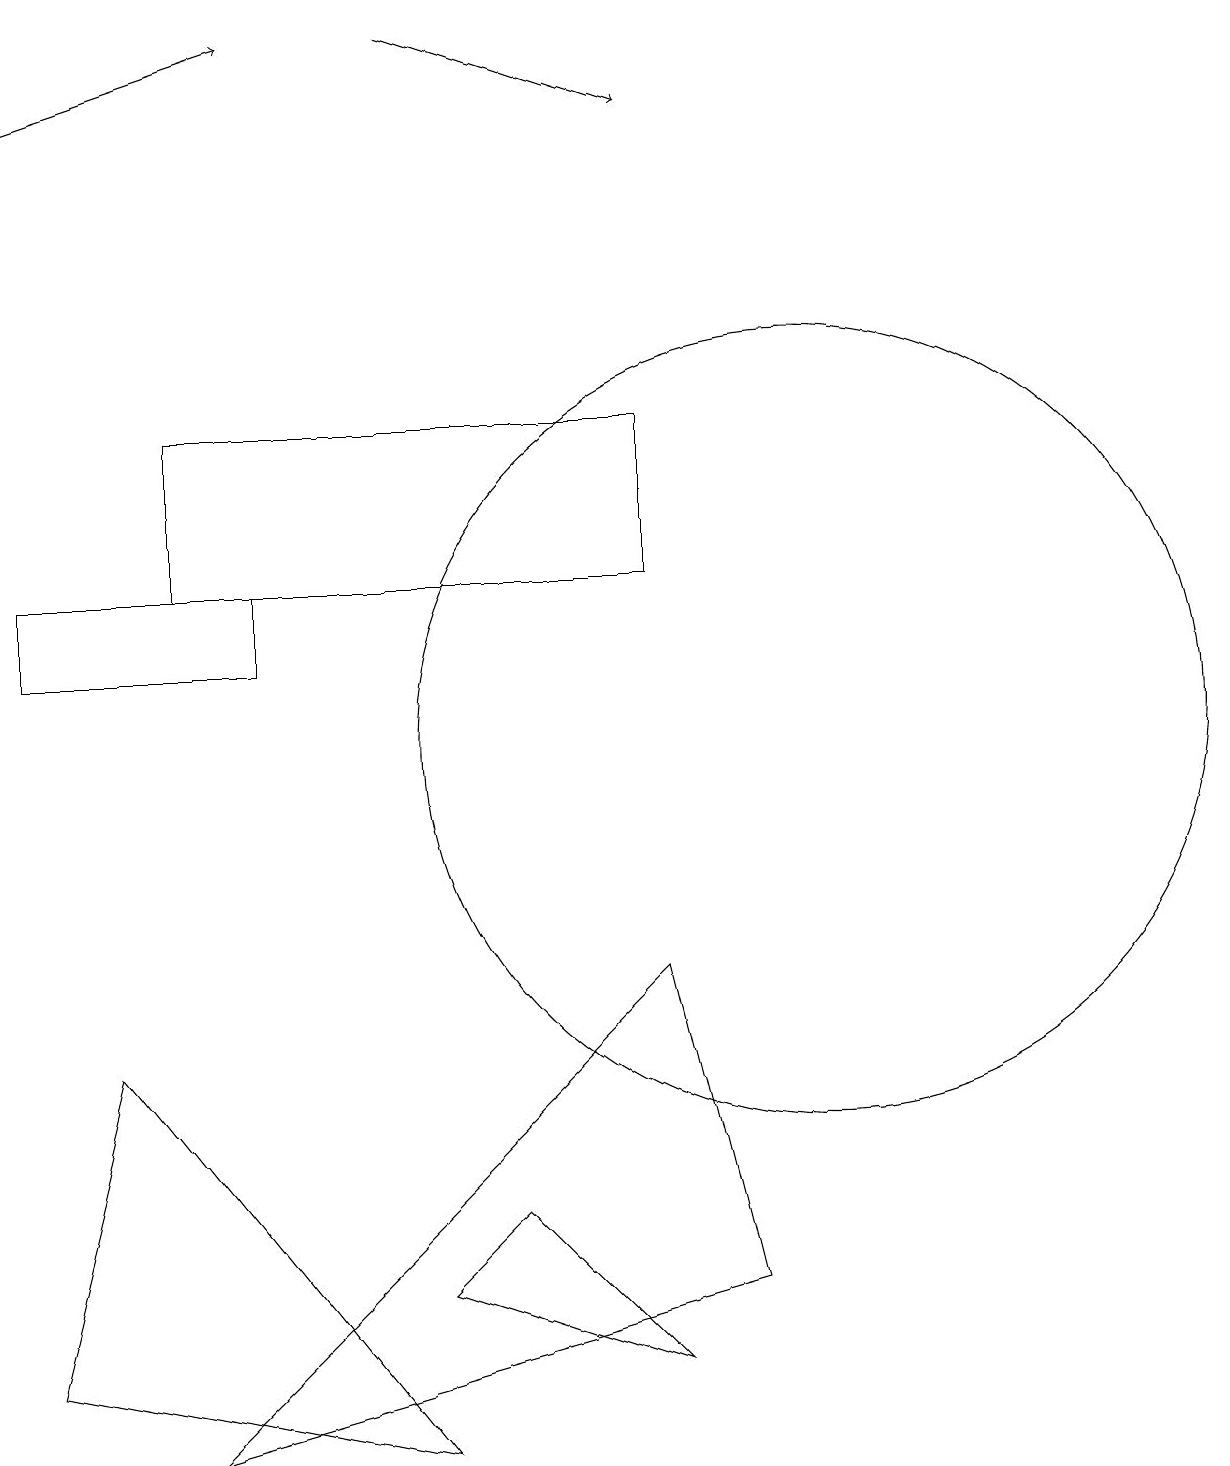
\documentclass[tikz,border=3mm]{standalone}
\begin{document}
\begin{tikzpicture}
\draw (2,12) rectangle (8,14);
\draw[->] (5,19) -- (8,18);
\draw (5,3) -- (8,2) -- (6,4) -- cycle;
\draw (0,11) rectangle (3,12);
\draw (1,6) -- (0,2) -- (5,1) -- cycle;
\draw (10,10) circle (5);
\draw (2,1) -- (9,3) -- (8,7) -- cycle;
\draw[->] (0,18) -- (3,19);
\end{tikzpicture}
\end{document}